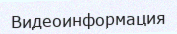
Видеоинформация